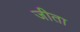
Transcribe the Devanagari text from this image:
जीता